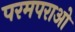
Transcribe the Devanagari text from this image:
परमपराओ